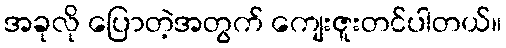
အခုလို ပြောတဲ့အတွက် ကျေးဇူးတင်ပါတယ်။